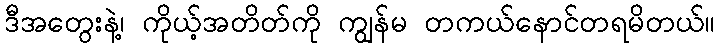
ဒီအတွေးနဲ့၊ ကိုယ့်အတိတ်ကို ကျွန်မ တကယ်နောင်တရမိတယ်။